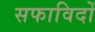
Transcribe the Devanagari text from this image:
सफाविदों